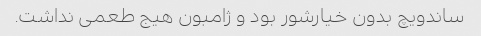
ساندویچ بدون خیارشور بود و ژامبون هیج طعمى نداشت.